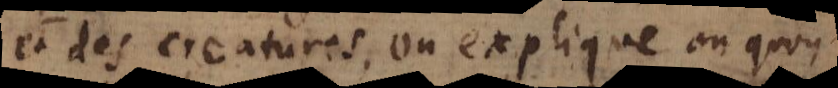
et des creatures, on explique en quoy